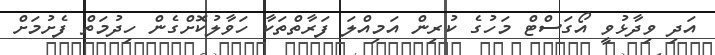
އަދި ވިދާޅުވީ އޯގަސްޓް މަހުގެ ކުރިން އަމިއްލަ ފަރާތްތަކާ ހަވާލުކޮށްގެން ހިދުމަތް ފެށުމަށް